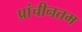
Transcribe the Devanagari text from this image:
प्रांचीनतम